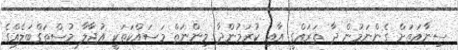
ސިނާއަތަށް ގެންނަމުން ދާ ތަރައްގީ އާއި ކުރަމުންދާ މިންނަތް މަސައްކަތަކީ އުޖާލާ މުސްތަގްބަލެއްގެ